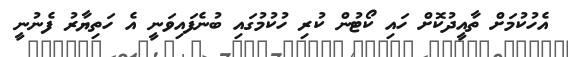
އެހުކުމަށް ތާއީދުކޮށް ހައި ކޯޓުން ކުރި ހުކުމުގައި ބުނެފައިވަނީ އެ ހަތިޔާރު ފެނުނީ